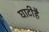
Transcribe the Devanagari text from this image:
घाटीहै